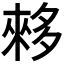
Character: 𫯓